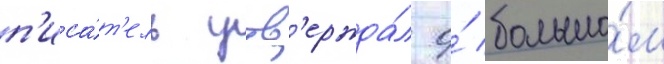
п'иса́т'ель утв'ержда́л о́ большо́м